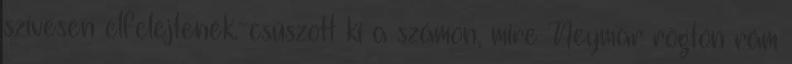
szívesen elfelejtenék.-csúszott ki a számon, mire Neymar rögtön rám